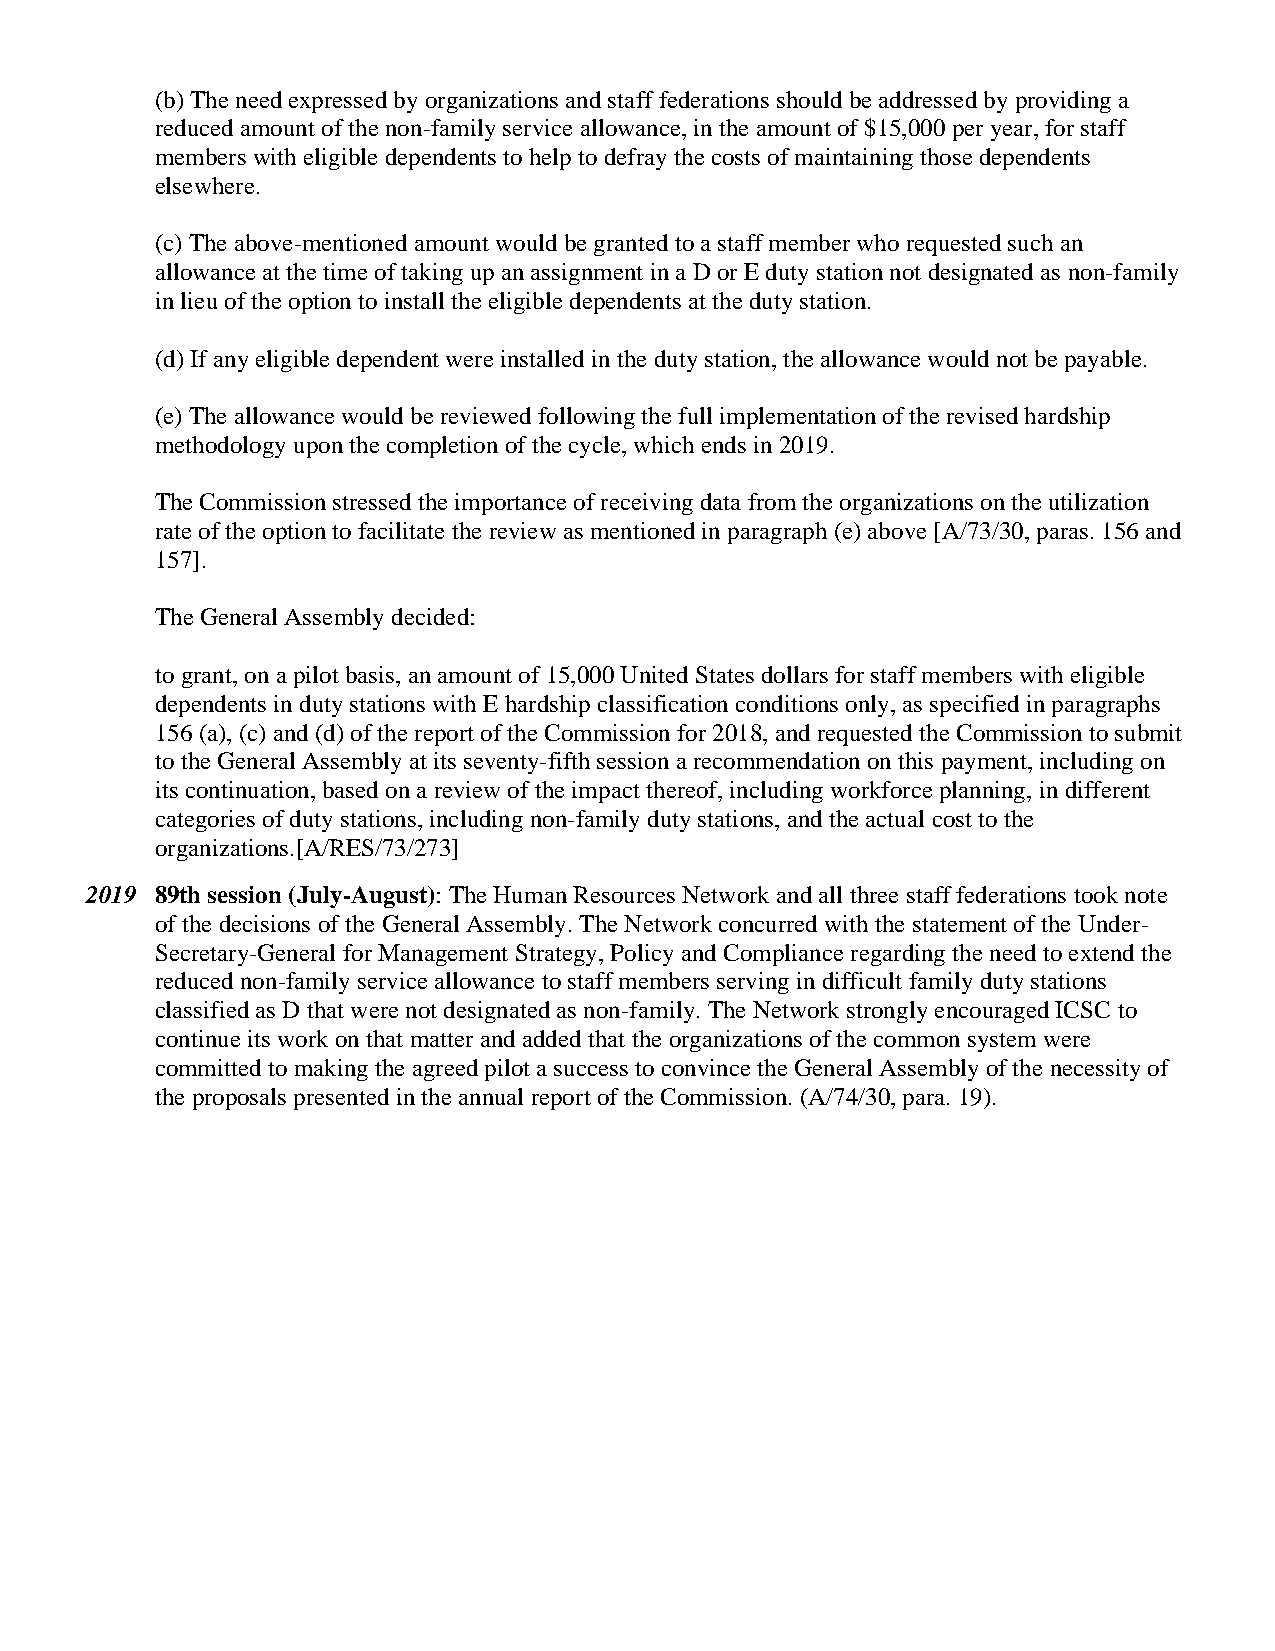
(b) The need expressed by organizations and staff federations should be addressed by providing a
 reduced amount of the non-family service allowance, in the amount of $15,000 per year, for staff
 members with eligible dependents to help to defray the costs of maintaining those dependents
 elsewhere.
 (c) The above-mentioned amount would be granted to a staff member who requested such an
 allowance at the time of taking up an assignment in a D or E duty station not designated as non-family
 in lieu of the option to install the eligible dependents at the duty station.
 (d) If any eligible dependent were installed in the duty station, the allowance would not be payable.
 (e) The allowance would be reviewed following the full implementation of the revised hardship
 methodology upon the completion of the cycle, which ends in 2019.
 The Commission stressed the importance of receiving data from the organizations on the utilization
 rate of the option to facilitate the review as mentioned in paragraph (e) above [A/73/30, paras. 156 and
 157].
 The General Assembly decided:
 to grant, on a pilot basis, an amount of 15,000 United States dollars for staff members with eligible
 dependents in duty stations with E hardship classification conditions only, as specified in paragraphs
 156 (a), (c) and (d) of the report of the Commission for 2018, and requested the Commission to submit
 to the General Assembly at its seventy-fifth session a recommendation on this payment, including on
 its continuation, based on a review of the impact thereof, including workforce planning, in different
 categories of duty stations, including non-family duty stations, and the actual cost to the
 organizations.[A/RES/73/273]
 2019 89th session (July-August): The Human Resources Network and all three staff federations took note
 of the decisions of the General Assembly. The Network concurred with the statement of the Under-
 Secretary-General for Management Strategy, Policy and Compliance regarding the need to extend the
 reduced non-family service allowance to staff members serving in difficult family duty stations
 classified as D that were not designated as non-family. The Network strongly encouraged ICSC to
 continue its work on that matter and added that the organizations of the common system were
 committed to making the agreed pilot a success to convince the General Assembly of the necessity of
 the proposals presented in the annual report of the Commission. (A/74/30, para. 19).